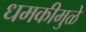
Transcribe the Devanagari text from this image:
धमकीमुळे